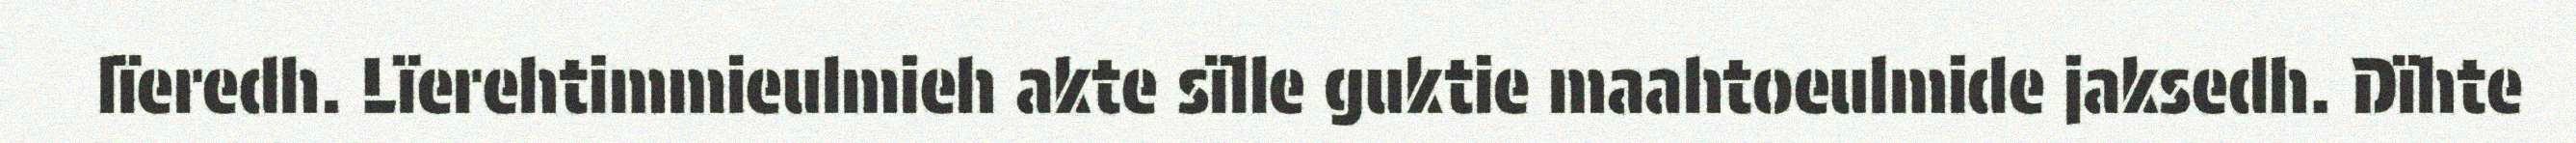
lïeredh. Lïerehtimmieulmieh akte sïlle guktie maahtoeulmide jaksedh. Dïhte